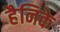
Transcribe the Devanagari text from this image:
हैनिके